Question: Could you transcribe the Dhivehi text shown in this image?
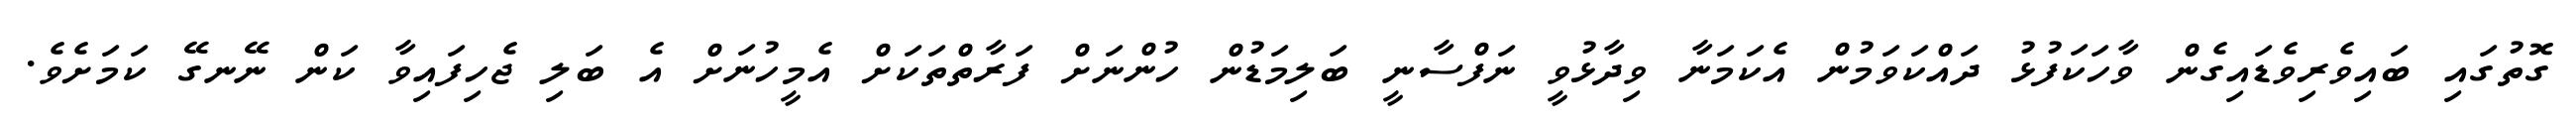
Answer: ގޮތުގައި ބައިވެރިވެޑައިގެން ވާހަކަފުޅު ދައްކަވަމުން އެކަމަނާ ވިދާޅުވީ ނަފްސާނީ ބަލިމަޑުން ހުންނަށް ފަރާތްތަކަށް އެމީހުނަށް އެ ބަލި ޖެހިފައިވާ ކަން ނޭނގޭ ކަމަށެވެ.